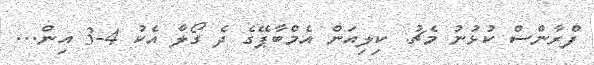
ފްރާންސް ކުޅުނު މެޗު: ކިލިއަން އެމްބާޕޭގެ ދެ ގޯލާ އެކު 4-3 އިން...